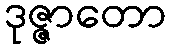
ဒုဇ္ဇာတော